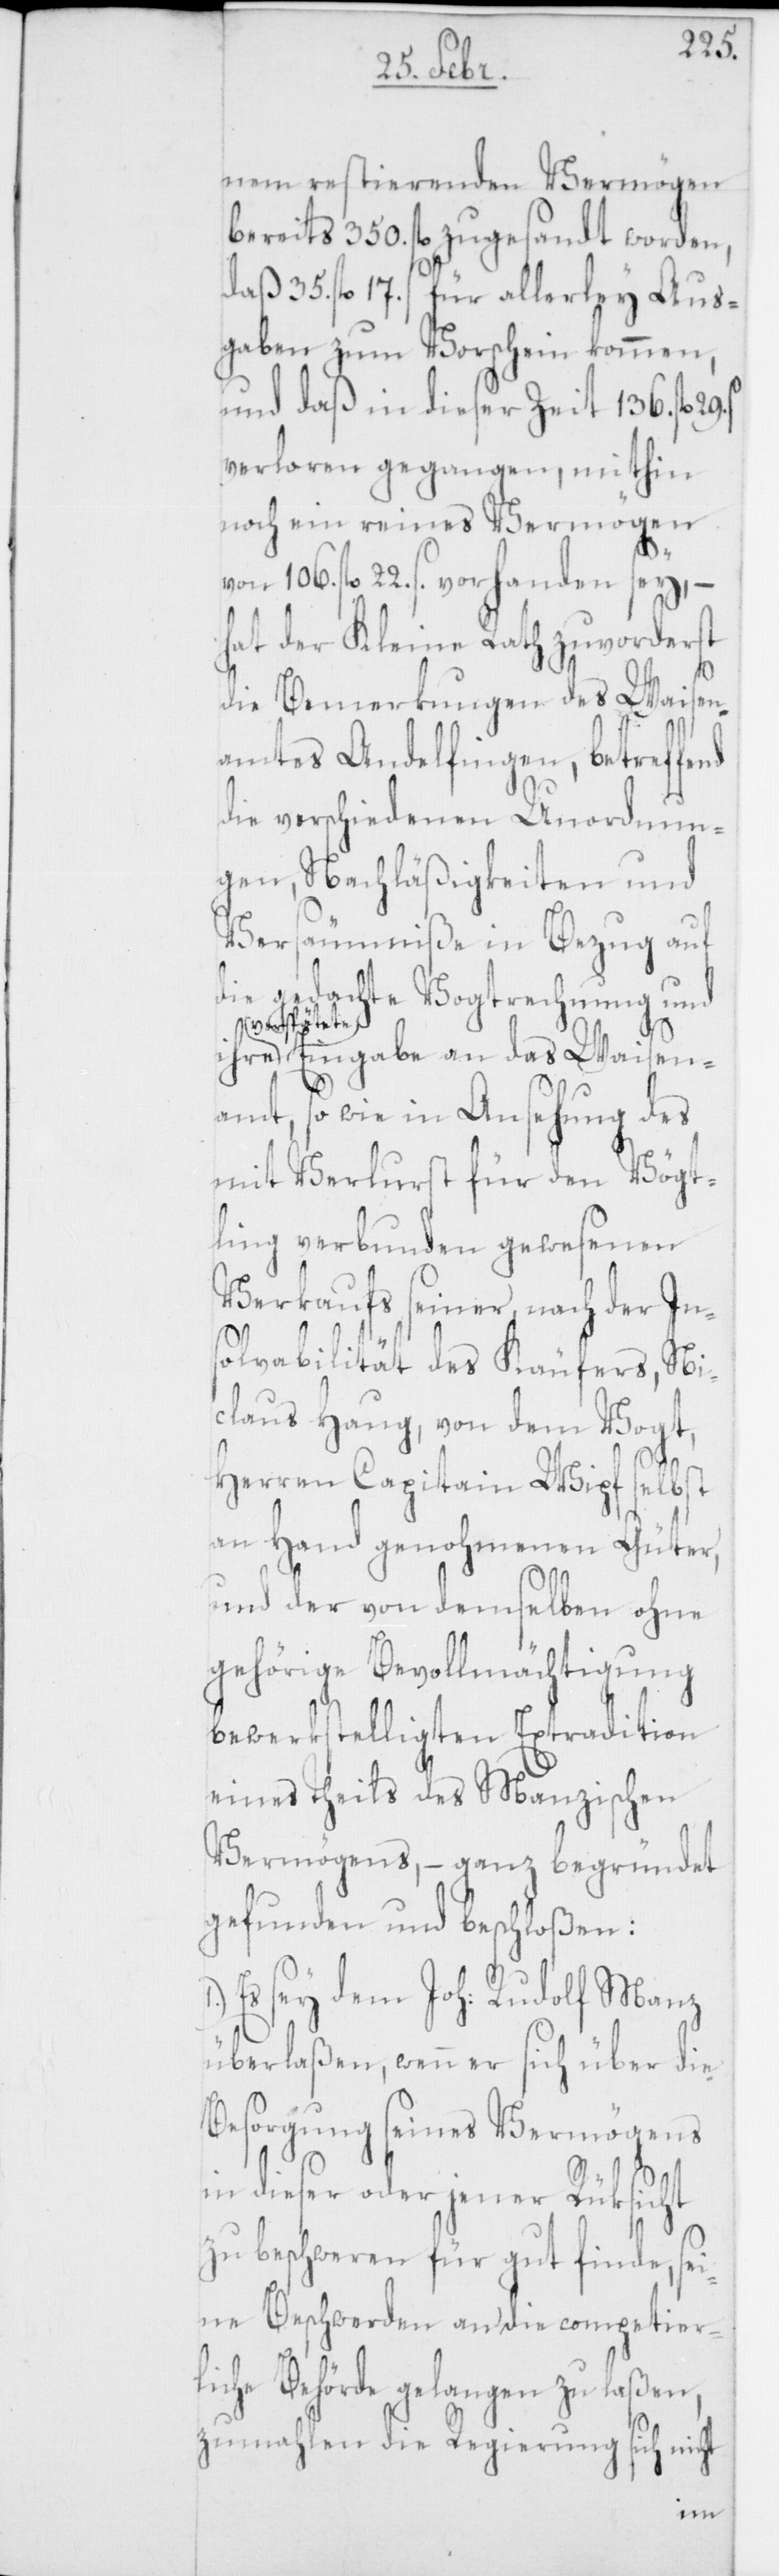
nem restierenden Vermögen
bereits 350. fl. zugesandt worden,
daß 35 fl. 17. s für allerley Aus¬
gaben zum Vorschein kommen,
und daß in dieser Zeit 136. fl.
verloren gegangen, mithin
noch ein reines Vermögen
von 106. fl. 22. s. vorhanden sey, –
hat der Kleine Rath zuvorderst
die Bemerkungen des Waisen¬
amtes Andelfingen, betreffe¬
die verschiedenen Unordnun¬
gen, Nachläßigkeiten und
Versäumniße in Bezug auf
die gedachte Vogtrechnung und
verspäte¬
te Eingabe an das Waisen¬
amt, so wie in Ansehung des
mit Verlust für den Vögt¬
ling verbunden gewesenen
Verkaufs seiner nach der In¬
solvabilität des Käufers, Ni¬
claus Haug, von dem Vogt,
Herren Capitain Wipf selbst
an Hand genohmenen Güter,
und der von demselben ohne
gehörige Bevollmächtigung
bewerkstelligten Extradition
eines Theils des Manzischen
Vermögens, – ganz begründet
gefunden und beschloßen:
Es sey dem Joh: Rudolf Manz
überlaßen, wenn er sich über die
Besorgung seines Vermögens
in dieser oder jener Rüksicht
beschweren für gut finde, se¬
ine Beschwerden an die competier¬
liche Behörde gelangen zu laßen,
zumahlen die Regierung sich nicht
nd